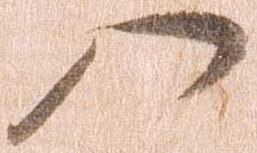
八